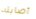
أصابته